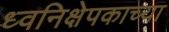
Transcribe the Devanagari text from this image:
ध्वनिक्षेपकाच्या